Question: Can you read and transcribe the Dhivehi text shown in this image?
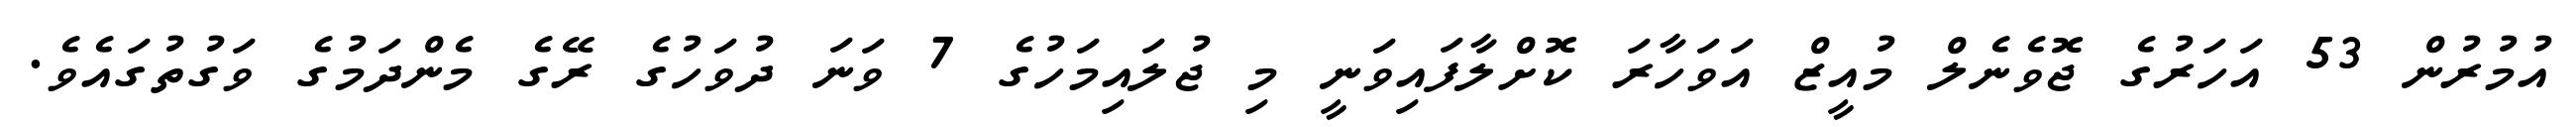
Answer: އުމުރުން 53 އަހަރުގެ ޖޮވެނެލް މުއީޒް އަވަހާރަ ކޮށްލާފައިވަނީ މި ޖުލައިމަހުގެ 7 ވަނަ ދުވަހުގެ ރޭގެ މެންދަމުގެ ވަގުތުގައެވެ.